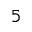
^ 5